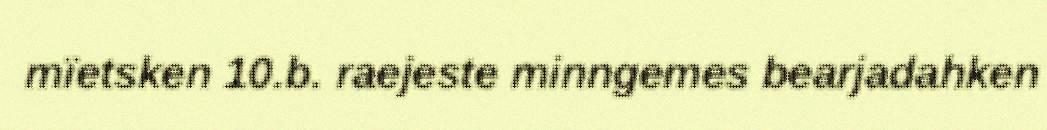
mïetsken 10.b. raejeste minngemes bearjadahken